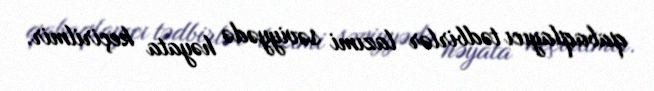
qabaqlayıcı tədbirlər lazımi səviyyədə həyata keçirilmir.